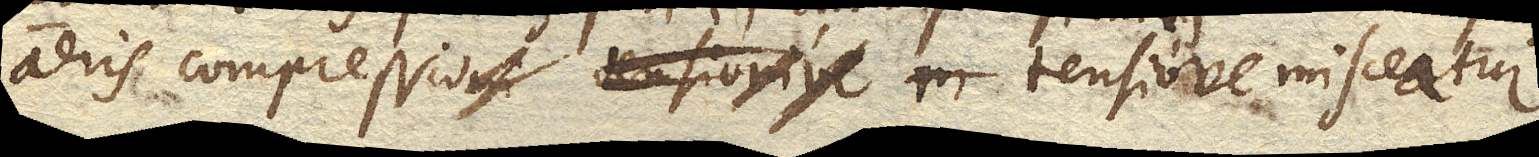
aeris compressio tensiove in tensiove misceatur